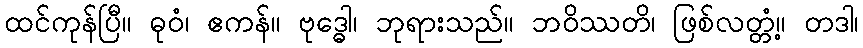
ထင်ကုန်ပြီ။ ဓုဝံ၊ ဧကန်။ ဗုဒ္ဓေါ၊ ဘုရားသည်။ ဘဝိဿတိ၊ ဖြစ်လတ္တံ့။ တဒါ၊